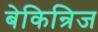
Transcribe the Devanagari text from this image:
बेकिन्रिज